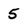
Character: 5